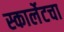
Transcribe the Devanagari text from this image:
स्कार्लेटचा